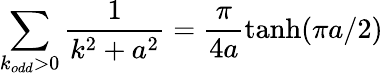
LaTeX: \sum_{k_{odd}>0}\frac{1}{k^{2}+a^{2}}=\frac{\pi}{4a}\operatorname{tanh}(\pi a/2)